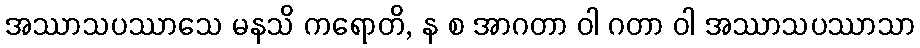
အဿာသပဿာသေ မနသိ ကရောတိ, န စ အာဂတာ ဝါ ဂတာ ဝါ အဿာသပဿာသာ